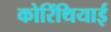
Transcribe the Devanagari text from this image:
कोरिंथियाई